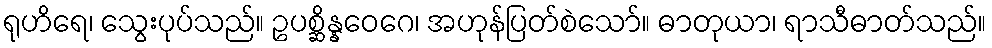
ရုဟိရေ၊ သွေးပုပ်သည်။ ဥပစ္ဆိန္နဝေဂေ၊ အဟုန်ပြတ်စဲသော်။ ဓာတုယာ၊ ရာသီဓာတ်သည်။